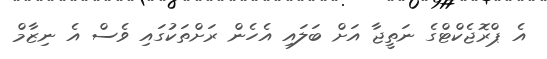
އެ ޕްރޮޖެކްޓްގެ ނަތީޖާ އަށް ބަލައި އެހެން ރަށްތަކުގައި ވެސް އެ ނިޒާމް